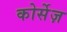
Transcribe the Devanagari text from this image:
कोर्सेज़